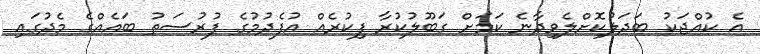
އެ ކުއްޖަކު ބަދަލުކޮށްލެވިދާނެ ކަމަށް ގަބޫލުކުރާ ފިކުރެއް އުފެދުމުގެ ފުރުސަތު ބައެއްގެ މެދުގައި